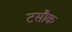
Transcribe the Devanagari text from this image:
टसौक